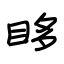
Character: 眵